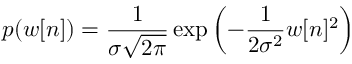
p ( w [ n ] ) = { \frac { 1 } { \sigma { \sqrt { 2 \pi } } } } \exp \left( - { \frac { 1 } { 2 \sigma ^ { 2 } } } w [ n ] ^ { 2 } \right)